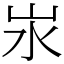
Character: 汖